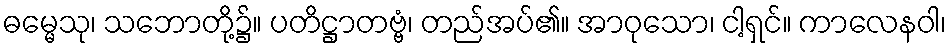
ဓမ္မေသု၊ သဘောတို့၌။ ပတိဋ္ဌာတဗ္ဗံ၊ တည်အပ်၏။ အာဝုသော၊ ငါ့ရှင်။ ကာလေနဝါ၊